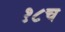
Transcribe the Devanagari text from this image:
१८च